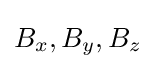
B_{x},B_{y},B_{z}